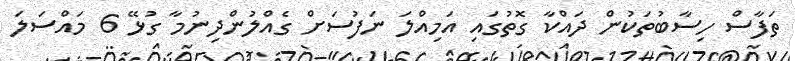
ތަފާސް ހިސާބުތަކުން ދައްކާ ގޮތުގައި އަމިއްލަ ނަފުސަށް ގެއްލުންދިނުމާ ގުޅޭ 6 މައްސަލަ